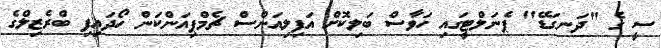
ސީ ގެ "ދަނގަޑޭ" ޕެނަލްޓީގައި ހަވާސް ބަލިކޮށް އަފިލިއަންސް ޗެމްޕިއަންކަން ހޯދައިފި ބްރެޒިލްގެ